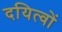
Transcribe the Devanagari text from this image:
दयित्वों